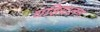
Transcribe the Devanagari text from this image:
घड़ियालन